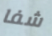
شفا